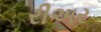
રીઅર